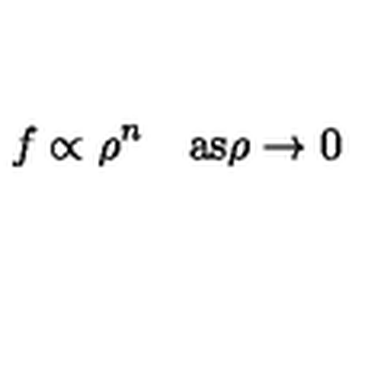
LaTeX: f \propto \rho ^ { n } \quad \mathrm { a s } \rho \rightarrow 0